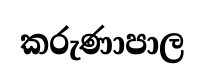
කරුණාපාල